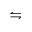
\leftrightharpoons